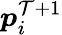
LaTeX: \boldsymbol{p}_{i}^{\mathcal{T}+1}